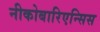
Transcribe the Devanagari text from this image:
नीकोबारिएन्सिस